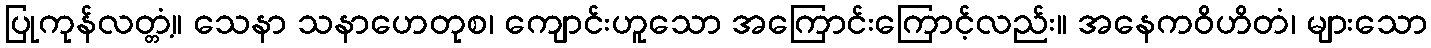
ပြုကုန်လတ္တံ့။ သေနာ သနာဟေတုစ၊ ကျောင်းဟူသော အကြောင်းကြောင့်လည်း။ အနေကဝိဟိတံ၊ များသော